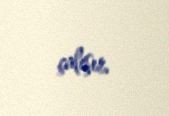
çalışır.